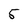
Character: 5